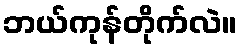
ဘယ်ကုန်တိုက်လဲ။